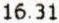
16.31